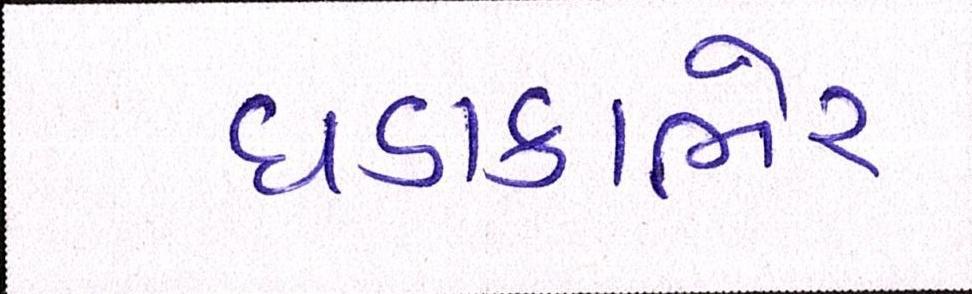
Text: ધડાકાભેર